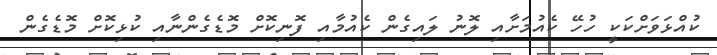
ކުއްޅަވަށްކަކީ ހުހޭ ކެއުމަށާއި ލޮނު ލައިގެން ކެއުމާއި ފޮނިކޮށް މޮޑެގެންނާއި ކުޅިކޮށް މޮޑެގެން